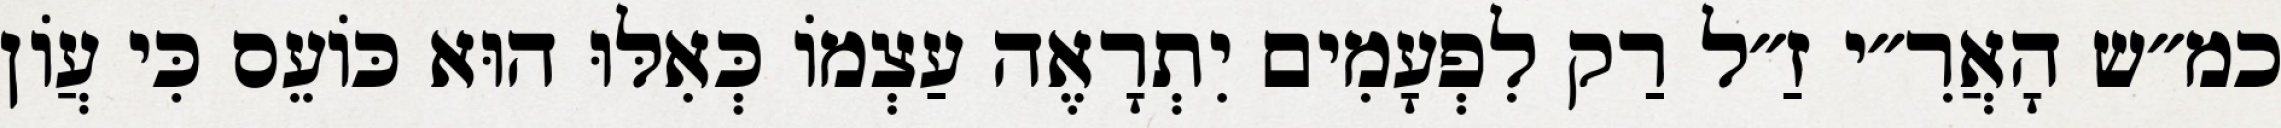
כמ״ש הָאֲרִ״י זַ״ל רַק לִפְעָמִים יִתְרָאֶה עַצְמוֹ כְּאִלּוּ הוּא כּוֹעֵס כִּי עֲוֹן